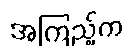
အကြည့်က